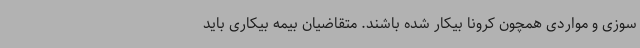
سوزی و مواردی همچون کرونا بیکار شده باشند. متقاضیان بیمه بیکاری باید